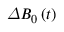
\varDelta B _ { 0 } \left( t \right)